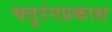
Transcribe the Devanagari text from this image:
चतुरंगप्रकाश